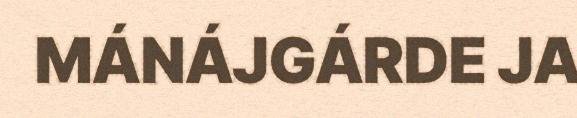
MÁNÁJGÁRDE JA